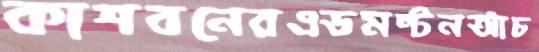
কাশবনেরএডমন্টনআঁচ